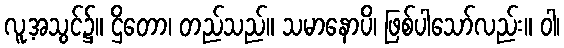
လူ့အသွင်၌။ ဌိတော၊ တည်သည်။ သမာနောပိ၊ ဖြစ်ပါသော်လည်း။ ဝါ၊